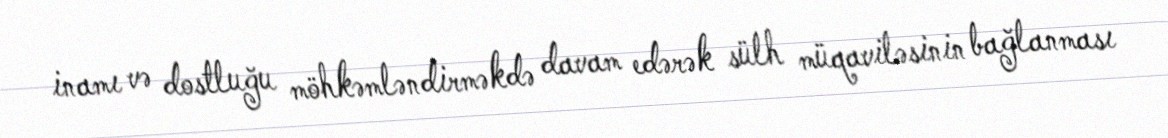
inamı və dostluğu möhkəmləndirməkdə davam edərək sülh müqaviləsinin bağlanması